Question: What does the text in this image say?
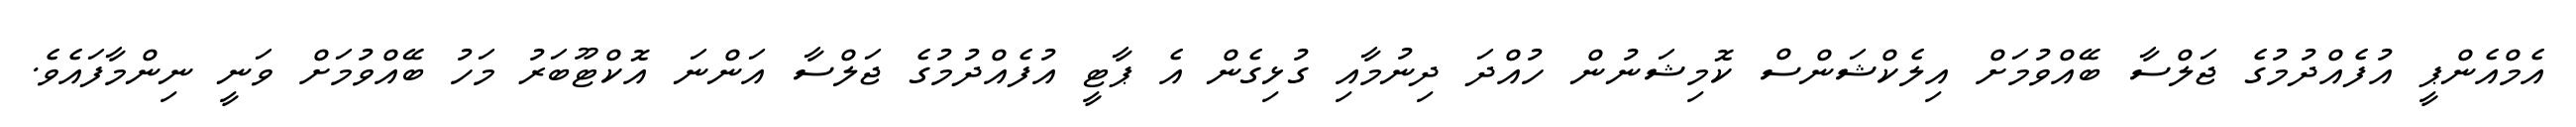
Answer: އެމްއެންޕީ އުފެއްދުމުގެ ޖަލްސާ ބޭއްވުމަށް އިލެކްޝަންސް ކޮމިޝަނުން ހުއްދަ ދިނުމާއި ގުޅިގެން އެ ޕާޓީ އުފެއްދުމުގެ ޖަލްސާ އަންނަ އޮކްޓޫބަރު މަހު ބޭއްވުމަށް ވަނީ ނިންމާފައެވެ.